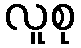
လူစု